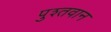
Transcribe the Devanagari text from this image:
पुश्तवान